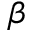
\beta